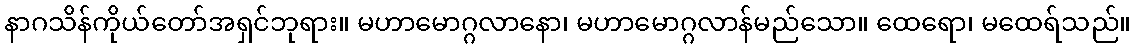
နာဂသိန်ကိုယ်တော်အရှင်ဘုရား။ မဟာမောဂ္ဂလာနော၊ မဟာမောဂ္ဂလာန်မည်သော။ ထေရော၊ မထေရ်သည်။